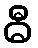
ဓီ